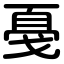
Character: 戞